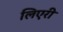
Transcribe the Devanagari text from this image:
लिएरी